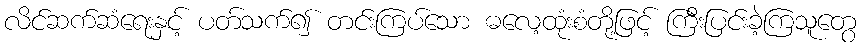
လိင်ဆက်ဆံရေးနှင့် ပတ်သက်၍ တင်းကြပ်သော ဓလေ့ထုံးစံတို့ဖြင့် ကြီးပြင်းခဲ့ကြသူတွေ